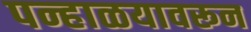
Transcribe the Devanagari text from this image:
पन्हाळयावरून